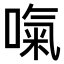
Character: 𠺪